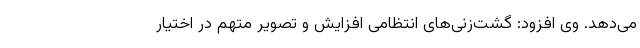
می‌دهد. وی افزود: گشت‌زنی‌های انتظامی افزایش و تصویر متهم در اختیار